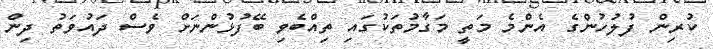
ކުރިން ފުލުހުންގެ އެންމެ މަތީ މަގާމުތަކުގައި ތިއްބެވި ބޭފުޅުންނަށް ވެސް ދައުވަތު ދިން